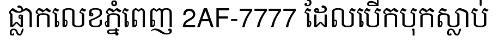
ផ្លាកលេខភ្នំពេញ 2AF-7777 ដែលបើកបុកស្លាប់